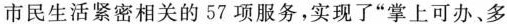
市民生活紧密相关的57项服务，实现了”掌上可办、多